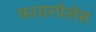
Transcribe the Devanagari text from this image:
फायरपेलेस